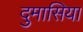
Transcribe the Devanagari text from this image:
दुमासिया